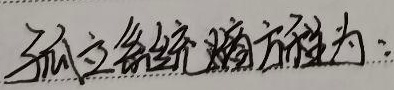
独立系统的方程为：